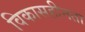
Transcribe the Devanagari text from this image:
विकासहीनता